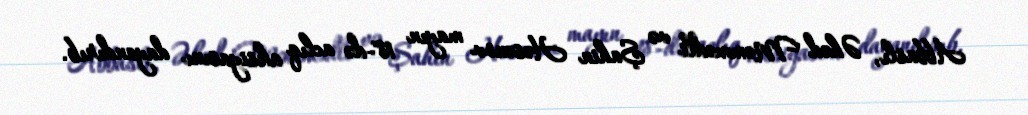
Abbaslı, Əhəd Məmmədli və Şahin Həsənov mayın 18-də aclıq aksiyasını dayandırıb.